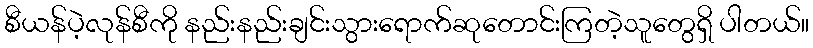
စီယန်ပဲ့လုန်စီကို နည်းနည်းချင်းသွားရောက်ဆုတောင်းကြတဲ့သူတွေရှိ ပါတယ်။